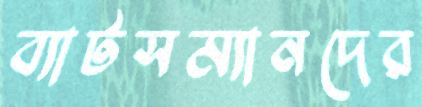
ব্যাটসম্যানদের